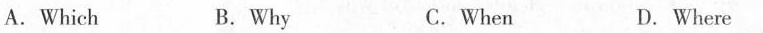
A.Which B.Why C.When D.Where